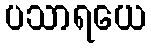
ပသာရယေ